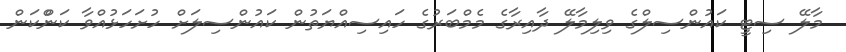
މާލޭ ސިޓީ ކައުންސިލްގެ ވިލިމާލޭ ދާއިރާގެ މެމްބަރުގެ ހައިސިއްޔަތުން ކައުންސިލަށް ހުށަހަޅުއްވާ ކަންްކަން